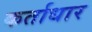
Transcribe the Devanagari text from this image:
कर्ताधार